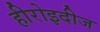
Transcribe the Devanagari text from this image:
हीरोइदीज